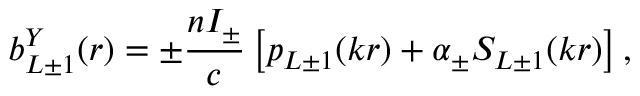
b _ { L \pm 1 } ^ { Y } ( r ) = \pm \frac { n { \cal I } _ { \pm } } { c } \left[ p _ { L \pm 1 } ( k r ) + \alpha _ { \pm } S _ { L \pm 1 } ( k r ) \right] ,